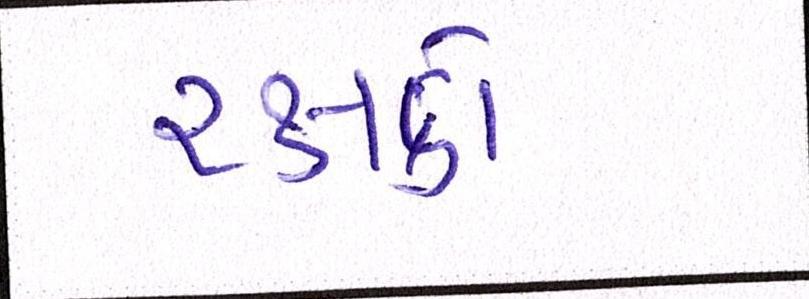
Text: રક્ષકો